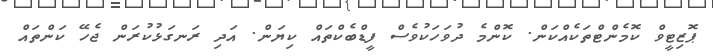
ޕޮޒިޓީވް ކޮމެންޓްތަކެއްކަން. ކޮންމެ ދުވަހަކުވެސް ފީޑްބެކްތައް ކިޔަން. އަދި ރަނގަޅުކުރަން ޖެހޭ ކަންތައް